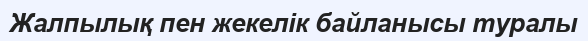
Жалпылық пен жекелік байланысы туралы